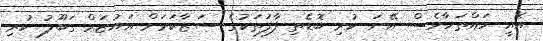
އެއީ ހައްތަހާވެސް އޭނަ ކުރި ބޮޑެތި ފާފަތަކުގެ ސަޒާކަމަށް އައުޒަމް ގަބޫލު ކުރި